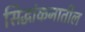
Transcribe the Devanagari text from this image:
सिद्धांकनातील